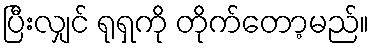
ပြီးလျှင် ရုရှကို တိုက်တော့မည်။